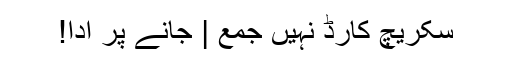
سکریچ کارڈ نہیں جمع | جانے پر ادا!